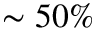
\sim 5 0 \%